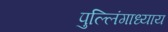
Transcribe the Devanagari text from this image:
पुल्लिंगाध्याय